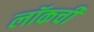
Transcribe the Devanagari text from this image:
लॉकची